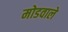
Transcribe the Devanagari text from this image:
मोडवाले